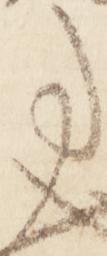
事